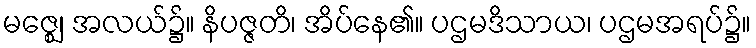
မဇ္ဈေ၊ အလယ်၌။ နိပဇ္ဇတိ၊ အိပ်နေ၏။ ပဌမဒိသာယ၊ ပဌမအရပ်၌။